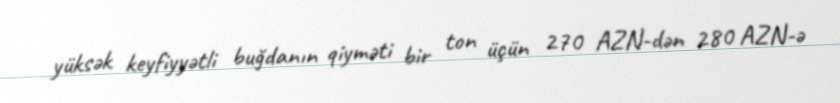
yüksək keyfiyyətli buğdanın qiyməti bir ton üçün 270 AZN-dən 280 AZN-ə